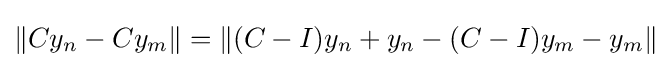
\|Cy_{n}-Cy_{m}\|=\|(C-I)y_{n}+y_{n}-(C-I)y_{m}-y_{m}\|